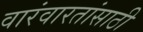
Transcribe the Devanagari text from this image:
वारंवारतांसाठी